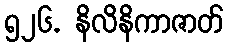
၅၂၆. နိလိနိကာဇာတ်